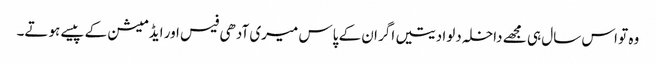
وہ تو اس سال ہی مجھے داخلہ دلوا دیتیں اگر ان کے پاس میری آدھی فیس اور ایڈمیشن کے پیسے ہوتے۔